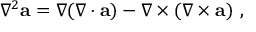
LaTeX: \nabla ^ { 2 } \mathbf { a } = \nabla ( \nabla \cdot \mathbf { a } ) - \nabla \times ( \nabla \times \mathbf { a } ) \ ,